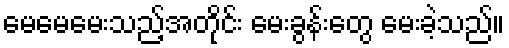
မေမေမေးသည့်အတိုင်း မေးခွန်းတွေ မေးခဲ့သည်။